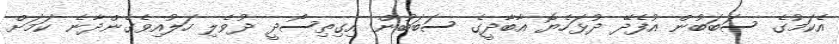
އެކަމުގެ ސަބަބުން އުފެދޭ ދުޅަހެޔޮ އާބާދީގެ ސަބަބުން އިގިތިސޯދީ ދުވެލި ހަލުއިވެގެންދާނެ ކަމަށް